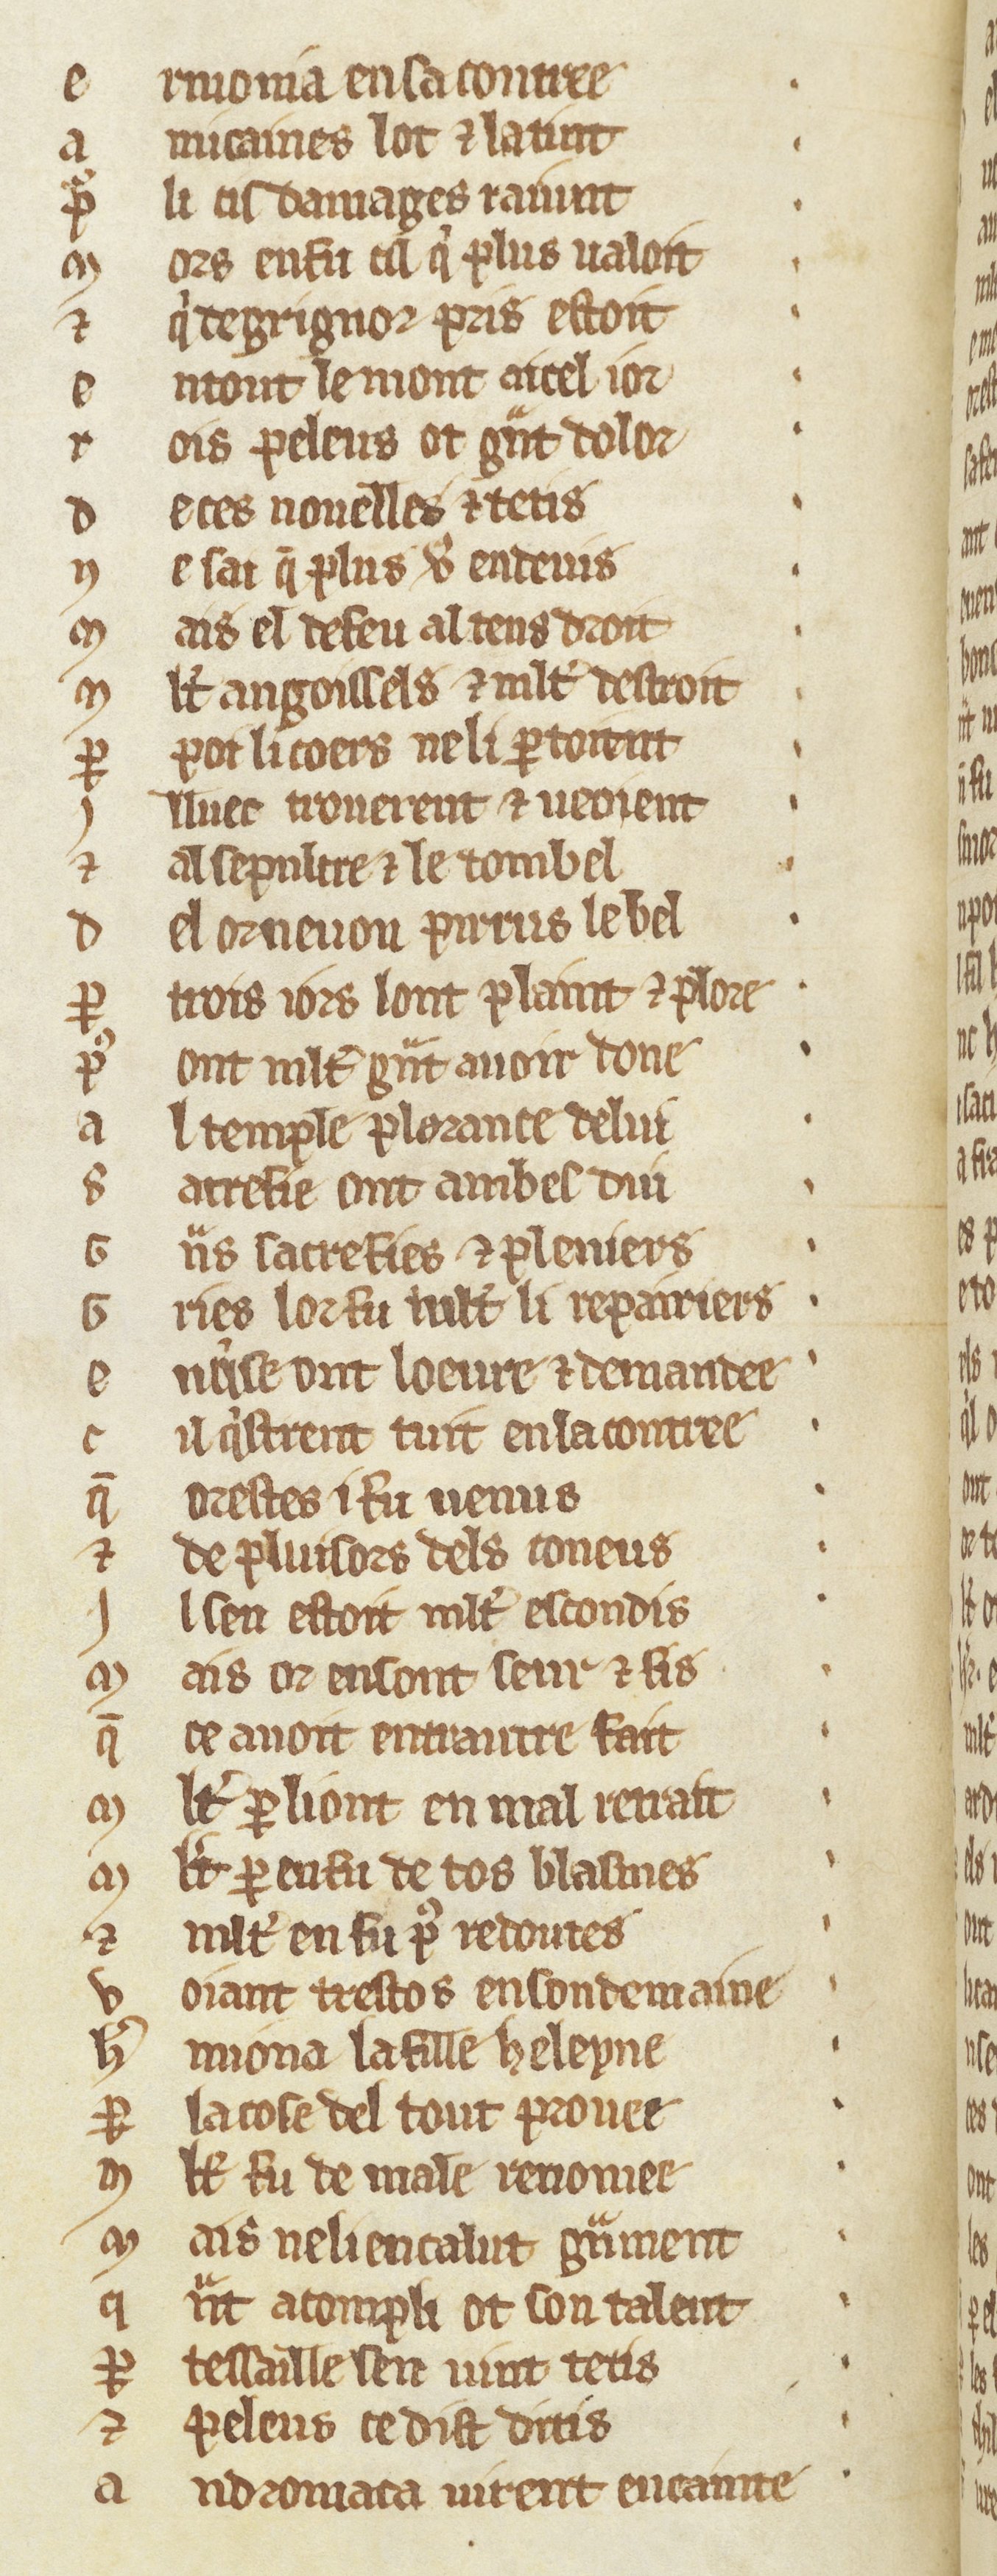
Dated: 1270–1299